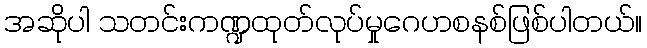
အဆိုပါ သတင်းကဏ္ဍထုတ်လုပ်မှုဂေဟစနစ်ဖြစ်ပါတယ်။